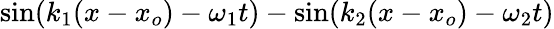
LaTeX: \sin(k_{1}(x-x_{o})-\omega_{1}t)-\sin(k_{2}(x-x_{o})-\omega_{2}t)